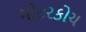
મોટરકોચ